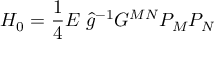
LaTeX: { \cal H } _ { 0 } = { \frac { 1 } { 4 } } E \; \hat { g } ^ { - 1 } G ^ { M N } { \cal P } _ { M } { \cal P } _ { N }